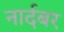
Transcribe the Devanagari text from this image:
नार्दबर